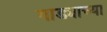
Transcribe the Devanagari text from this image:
गाड्याच्या